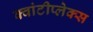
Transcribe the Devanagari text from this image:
क्वांटीप्लेक्स